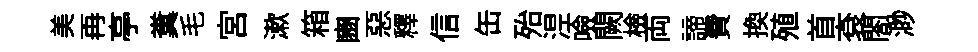
美再亭糞毛宫漱箱豳惡釋信缶殆𣵀噞闕檢両諦費换殖首袞閤渺